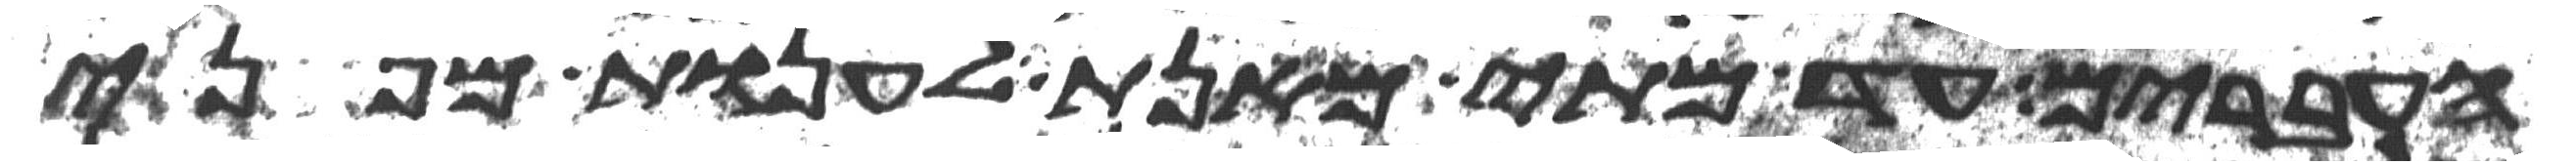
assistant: העברים עד מתי מאנת לענות מפני